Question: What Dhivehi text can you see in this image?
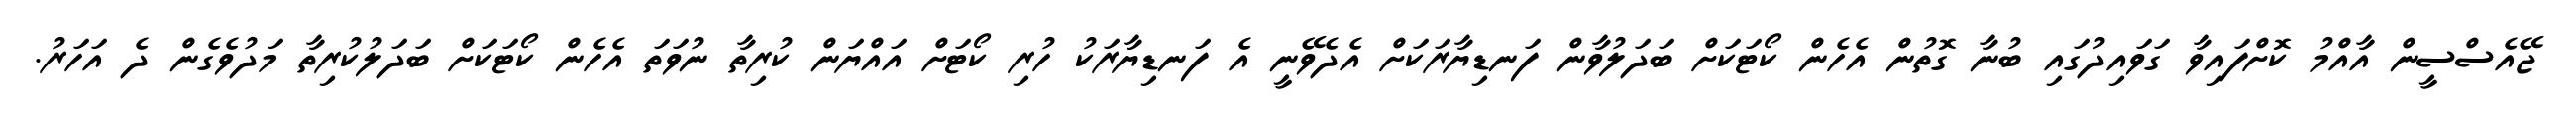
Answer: ޖޭއެސްސީން އާއްމު ކޮށްފައިވާ ގަވައިދުގައި ބުނާ ގޮތުން އެހެން ކޯޓަކަށް ބަދަލުވާން ފަނޑިޔާރަކަށް އެދެވޭނީ އެ ފަނޑިޔާރަކު ހުރި ކޯޓަށް އައްޔަން ކުރިތާ ނުވަތަ އެހެން ކޯޓަކަށް ބަދަލުކުރިތާ މަދުވެގެން ދެ އަހަރު.